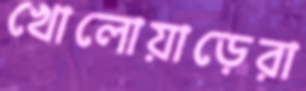
খোলোয়াড়েরা